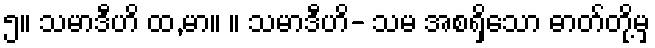
၅။ သမာဒီဟိ ထ,မာ။ ။ သမာဒီဟိ- သမ အစရှိသော ဓာတ်တို့မှ